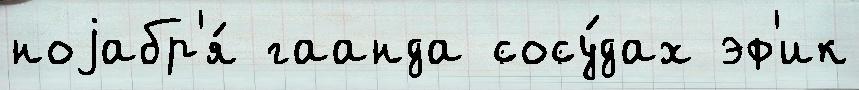
ноjабр'я́ гаанда сосу́дах эф'ик